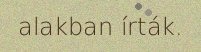
alakban írták.